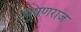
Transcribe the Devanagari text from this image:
भूषणराज